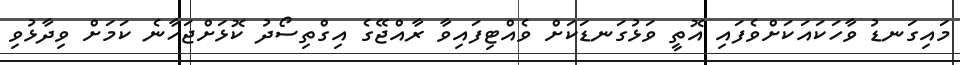
މައިގަނޑު ވާހަކައަކަށްވެފައި އޮތީ ވަޅުގަނޑަކަށް ވެއްޓިފައިވާ ރާއްޖޭގެ އިގްތިސޯދު ކޮޅަށްޖަހާނެ ކަމަށް ވިދާޅުވި